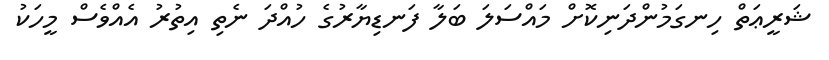
ޝަރީޢަތް ހިނގަމުންދަނިކޮށް މައްސަލަ ބަލާ ފަނޑިޔާރުގެ ހުއްދަ ނެތި އިތުރު އެއްވެސް މީހަކު